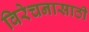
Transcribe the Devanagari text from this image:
विरेचनासाठी